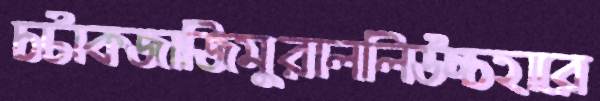
চটাকজাজিমুরাললিউচ্চহারে